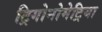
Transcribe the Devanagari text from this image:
ट्रिगोनोमेट्रिया